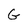
Character: G